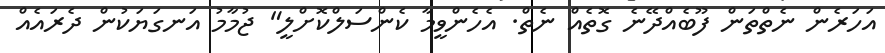
އަހަރެން ނެތްތަން ފޫބެއްދޭނެ ގޮތެއް ނެތް. އެހެންވީމާ ކެންސަލްކޮށްލީ" ޖުމާމު އަނގަޔަކުން ދެރައެއް